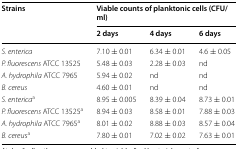
<table><thead><tr><td rowspan="2"><b>Strains</b></td><td colspan="3"><b>Viable counts of planktonic cells (CFU/ml)</b></td></tr><tr><td><b>2 days</b></td><td><b>4 days</b></td><td><b>6 days</b></td></tr></thead><tbody><tr><td><i>S. enterica</i></td><td>7.10 ± 0.01</td><td>6.34 ± 0.01</td><td>4.6 ± 0.05</td></tr><tr><td><i>P. fluorescens</i> ATCC 13525</td><td>5.48 ± 0.03</td><td>2.28 ± 0.03</td><td>nd</td></tr><tr><td><i>A. hydrophila</i> ATCC 7965</td><td>5.94 ± 0.02</td><td>nd</td><td>nd</td></tr><tr><td><i>B. cereus</i></td><td>4.60 ± 0.01</td><td>nd</td><td>nd</td></tr><tr><td><i>S. enterica</i><sup>a</sup></td><td>8.95 ± 0.005</td><td>8.39 ± 0.04</td><td>8.73 ± 0.01</td></tr><tr><td><i>P. fluorescens</i> ATCC 13525<sup>a</sup></td><td>8.94 ± 0.03</td><td>8.58 ± 0.01</td><td>7.88 ± 0.03</td></tr><tr><td><i>A. hydrophila</i> ATCC 7965<sup>a</sup></td><td>8.01 ± 0.02</td><td>8.88 ± 0.03</td><td>8.57 ± 0.04</td></tr><tr><td><i>B. cereu</i>s<sup>a</sup></td><td>7.80 ± 0.01</td><td>7.02 ± 0.02</td><td>7.63 ± 0.01</td></tr></tbody></table>